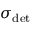
\sigma _ { \mathrm { d e t } }